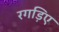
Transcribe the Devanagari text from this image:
रगड़िए